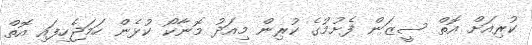
ކުރިއަށް އޮތް ސީޒަން ފެށުމުގެ ކުރިން މިއަދު މޮނާކޯ ކުޅެން ހަމަޖެހިފައި އޮތް